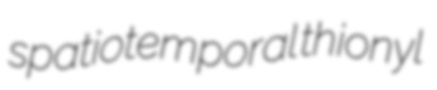
spatiotemporal thionyl